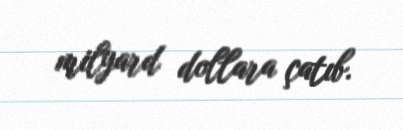
milyard dollara çatıb.